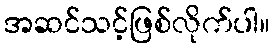
အဆင်သင့်ဖြစ်လိုက်ပါ။